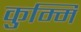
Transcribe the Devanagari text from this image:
कुम्मि